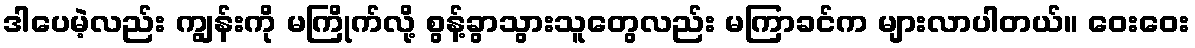
ဒါပေမဲ့လည်း ကျွန်းကို မကြိုက်လို့ စွန့်ခွာသွားသူတွေလည်း မကြာခင်က များလာပါတယ်။ ဝေးဝေး